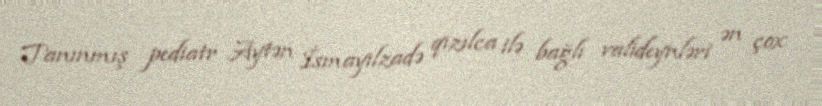
Tanınmış pediatr Aytən İsmayılzadə qızılca ilə bağlı valideynləri ən çox